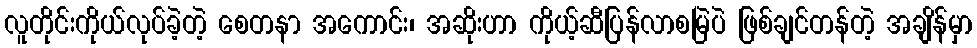
လူတိုင်းကိုယ်လုပ်ခဲ့တဲ့ စေတနာ အကောင်း၊ အဆိုးဟာ ကိုယ့်ဆီပြန်လာစမြဲပဲ ဖြစ်ချင်တန်တဲ့ အချိန်မှာ